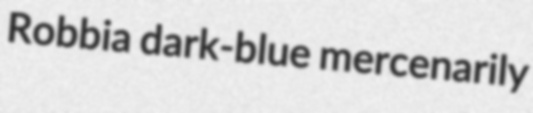
Robbia dark-blue mercenarily